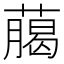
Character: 﨟